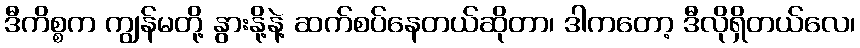
ဒီကိစ္စက ကျွန်မတို့ နွားနို့နဲ့ ဆက်စပ်နေတယ်ဆိုတာ၊ ဒါကတော့ ဒီလိုရှိတယ်လေ၊